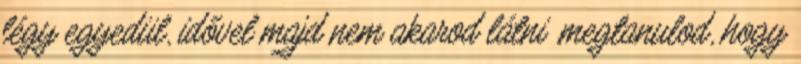
légy egyedül, idővel majd nem akarod látni .megtanulod, hogy